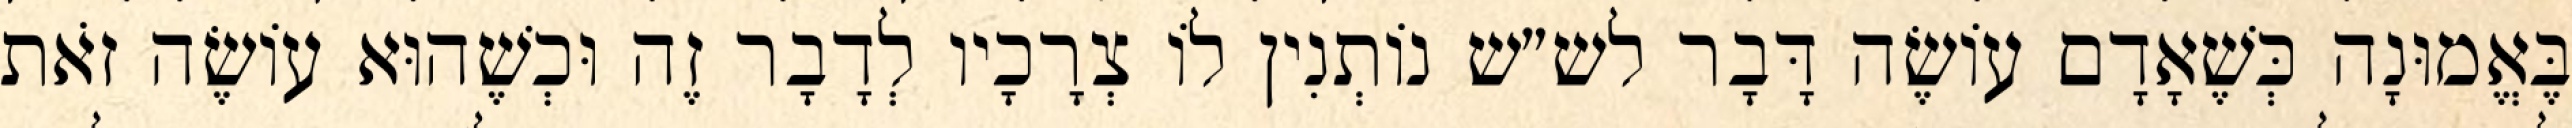
בֶּאֱמוּנָה כְּשֶׁאָדָם עוֹשֶׂה דָּבָר לש״ש נוֹתְנִין לוֹ צְרָכָיו לְדָבָר זֶה וּכְשֶׁהוּא עוֹשֶׂה זֹאת